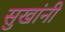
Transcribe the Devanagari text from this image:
सुखांनी